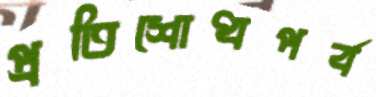
প্রতিশোধপর্ব